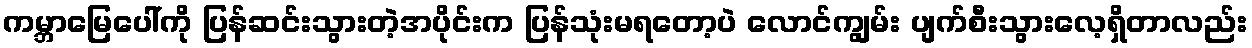
ကမ္ဘာမြေပေါ်ကို ပြန်ဆင်းသွားတဲ့အပိုင်းက ပြန်သုံးမရတော့ပဲ လောင်ကျွမ်း ပျက်စီးသွားလေ့ရှိတာလည်း